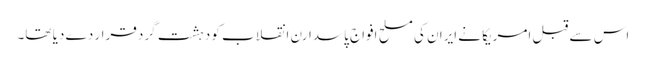
اس سے قبل امریکا نے ایران کی مسلح افواج پاسدارن انقلاب کو دہشت گرد قرار دے دیا تھا۔